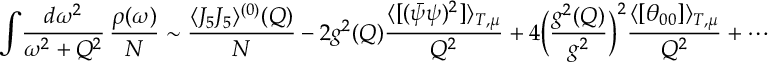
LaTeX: \int \! { \frac { d \omega ^ { 2 } } { \omega ^ { 2 } + Q ^ { 2 } } } \, { \frac { \rho ( \omega ) } { N } } \sim \frac { \langle J _ { 5 } J _ { 5 } \rangle ^ { ( 0 ) } ( Q ) } { N } - 2 g ^ { 2 } ( Q ) { \frac { \langle [ ( \bar { \psi } \psi ) ^ { 2 } ] \rangle _ { T , \mu } } { Q ^ { 2 } } } + 4 \Bigl ( { \frac { g ^ { 2 } ( Q ) } { g ^ { 2 } } } \Bigr ) ^ { 2 } { \frac { \langle [ \theta _ { 0 0 } ] \rangle _ { T , \mu } } { Q ^ { 2 } } } + \cdots